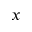
x